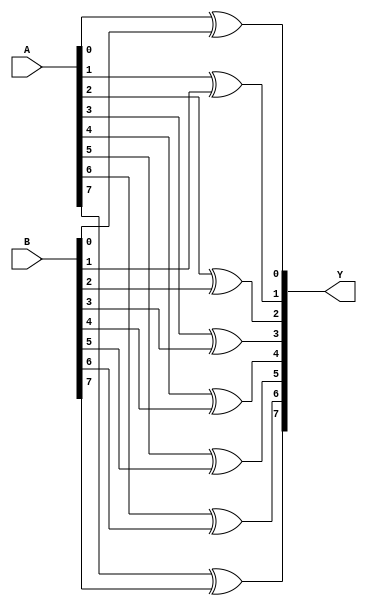
`timescale 1ns / 1ps
//////////////////////////////////////////////////////////////////////////////////
// Company: 
// Engineer: 
// 
// Design Name: 
// Module Name: XOR_gate
// Project Name: 
// Target Devices: 
// Tool Versions: 
// Description: 
// 
// Dependencies: 
// 
// Revision:
// Revision 0.01 - File Created
// Additional Comments:
// 
//////////////////////////////////////////////////////////////////////////////////


module XOR_gate(
output [7:0]Y,
input [7:0]A,B
    );
    
    xor X1(Y[0],A[0],B[0]);
    xor X2(Y[1],A[1],B[1]);
    xor X3(Y[2],A[2],B[2]);
    xor X4(Y[3],A[3],B[3]);
    xor X5(Y[4],A[4],B[4]);
    xor X6(Y[5],A[5],B[5]);
    xor X7(Y[6],A[6],B[6]);
    xor X8(Y[7],A[7],B[7]);
 
endmodule